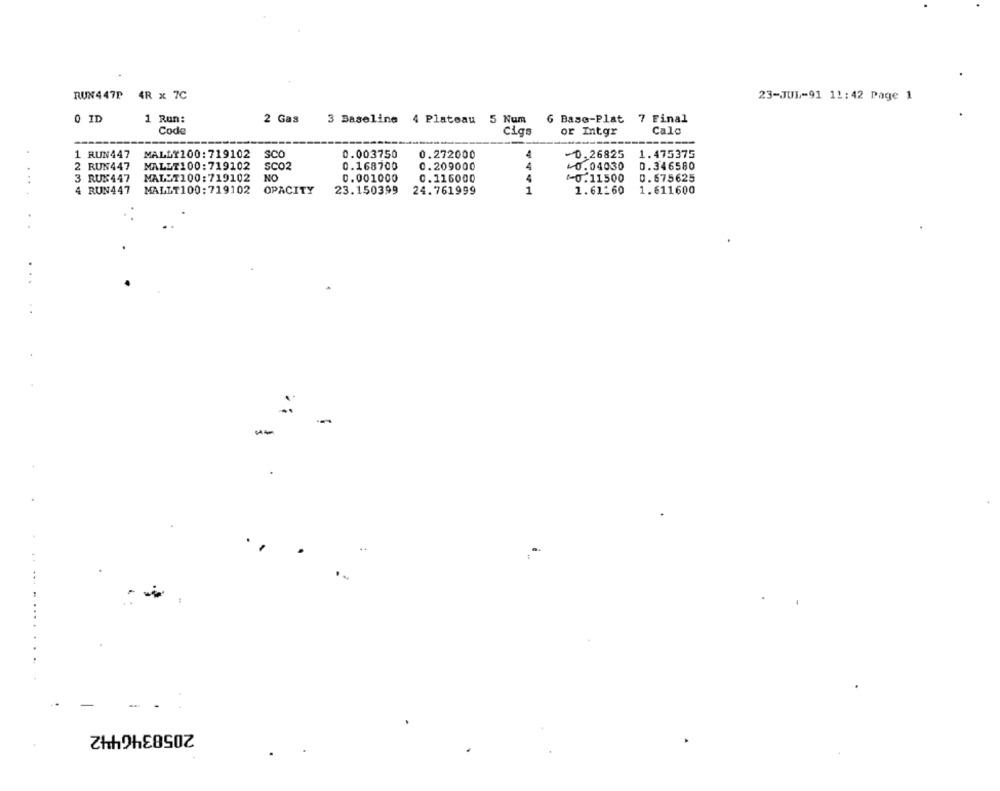
RUN447P 4R x 7C
23-JUL-91 11:42 Page 1
0 ID
1 Run:
2 Gas
3 Baseline 4 Plateau
5 Num
6 Base-Plat 7 Final
Code
Cigs
or Intgr
Cala
1 RUN447
MALLY100:719102
SCO
0.003750
0.272000
4
0,26825
1.475375
2 RUN447
MALLI100:719102
SCO2
0.168700
0.209000
4
40.04030
0. 346580
3 RUS447
MALST100:719102
NO
0.001000
0.116000
0.11500
0.675625
..
4 RUN447
MALLT100:719102
OPACITY
23.150399
24.761999
1
1.61160
1.611600
.
..
2058346442